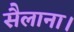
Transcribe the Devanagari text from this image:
सैलाना।